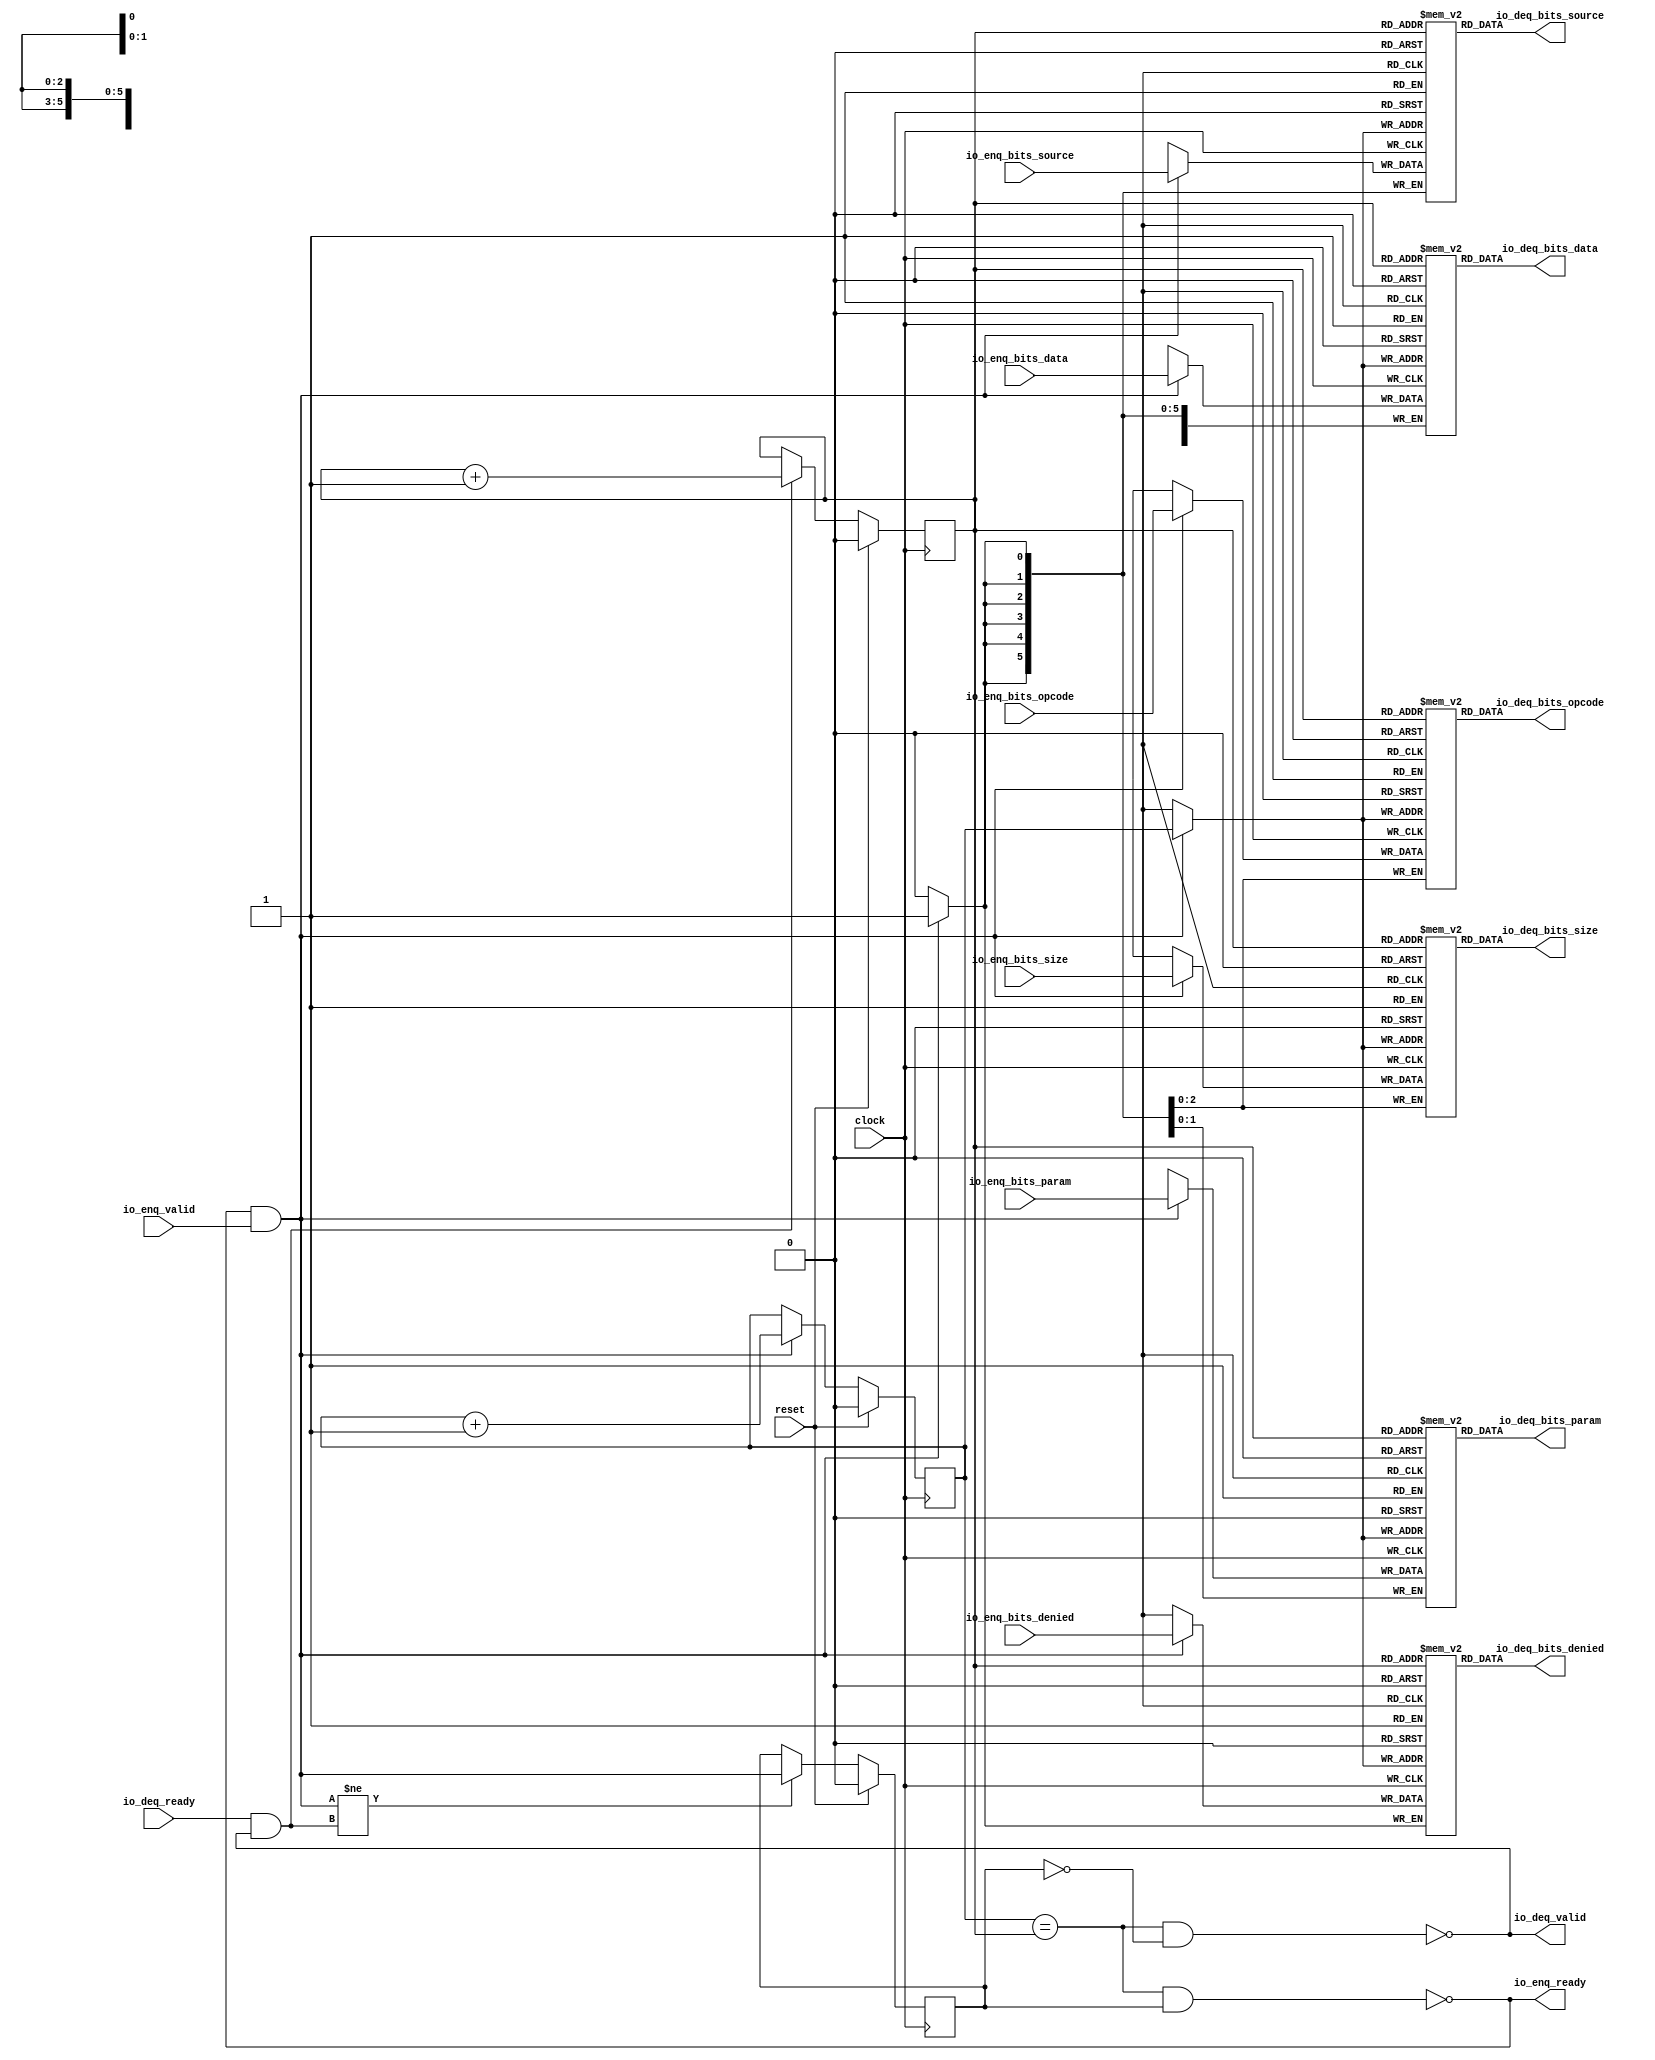
module Queue_3(
  input          clock,
  input          reset,
  output         io_enq_ready,
  input          io_enq_valid,
  input  [2:0]   io_enq_bits_opcode,
  input  [1:0]   io_enq_bits_param,
  input  [2:0]   io_enq_bits_size,
  input  [5:0]   io_enq_bits_source,
  input          io_enq_bits_denied,
  input  [255:0] io_enq_bits_data,
  input          io_deq_ready,
  output         io_deq_valid,
  output [2:0]   io_deq_bits_opcode,
  output [1:0]   io_deq_bits_param,
  output [2:0]   io_deq_bits_size,
  output [5:0]   io_deq_bits_source,
  output         io_deq_bits_denied,
  output [255:0] io_deq_bits_data
);
`ifdef RANDOMIZE_MEM_INIT
  reg [31:0] _RAND_0;
  reg [31:0] _RAND_1;
  reg [31:0] _RAND_2;
  reg [31:0] _RAND_3;
  reg [31:0] _RAND_4;
  reg [255:0] _RAND_5;
`endif // RANDOMIZE_MEM_INIT
`ifdef RANDOMIZE_REG_INIT
  reg [31:0] _RAND_6;
  reg [31:0] _RAND_7;
  reg [31:0] _RAND_8;
`endif // RANDOMIZE_REG_INIT
  reg [2:0] ram_opcode [0:1]; // @[Decoupled.scala 224:95]
  wire  ram_opcode_io_deq_bits_MPORT_en; // @[Decoupled.scala 224:95]
  wire  ram_opcode_io_deq_bits_MPORT_addr; // @[Decoupled.scala 224:95]
  wire [2:0] ram_opcode_io_deq_bits_MPORT_data; // @[Decoupled.scala 224:95]
  wire [2:0] ram_opcode_MPORT_data; // @[Decoupled.scala 224:95]
  wire  ram_opcode_MPORT_addr; // @[Decoupled.scala 224:95]
  wire  ram_opcode_MPORT_mask; // @[Decoupled.scala 224:95]
  wire  ram_opcode_MPORT_en; // @[Decoupled.scala 224:95]
  reg [1:0] ram_param [0:1]; // @[Decoupled.scala 224:95]
  wire  ram_param_io_deq_bits_MPORT_en; // @[Decoupled.scala 224:95]
  wire  ram_param_io_deq_bits_MPORT_addr; // @[Decoupled.scala 224:95]
  wire [1:0] ram_param_io_deq_bits_MPORT_data; // @[Decoupled.scala 224:95]
  wire [1:0] ram_param_MPORT_data; // @[Decoupled.scala 224:95]
  wire  ram_param_MPORT_addr; // @[Decoupled.scala 224:95]
  wire  ram_param_MPORT_mask; // @[Decoupled.scala 224:95]
  wire  ram_param_MPORT_en; // @[Decoupled.scala 224:95]
  reg [2:0] ram_size [0:1]; // @[Decoupled.scala 224:95]
  wire  ram_size_io_deq_bits_MPORT_en; // @[Decoupled.scala 224:95]
  wire  ram_size_io_deq_bits_MPORT_addr; // @[Decoupled.scala 224:95]
  wire [2:0] ram_size_io_deq_bits_MPORT_data; // @[Decoupled.scala 224:95]
  wire [2:0] ram_size_MPORT_data; // @[Decoupled.scala 224:95]
  wire  ram_size_MPORT_addr; // @[Decoupled.scala 224:95]
  wire  ram_size_MPORT_mask; // @[Decoupled.scala 224:95]
  wire  ram_size_MPORT_en; // @[Decoupled.scala 224:95]
  reg [5:0] ram_source [0:1]; // @[Decoupled.scala 224:95]
  wire  ram_source_io_deq_bits_MPORT_en; // @[Decoupled.scala 224:95]
  wire  ram_source_io_deq_bits_MPORT_addr; // @[Decoupled.scala 224:95]
  wire [5:0] ram_source_io_deq_bits_MPORT_data; // @[Decoupled.scala 224:95]
  wire [5:0] ram_source_MPORT_data; // @[Decoupled.scala 224:95]
  wire  ram_source_MPORT_addr; // @[Decoupled.scala 224:95]
  wire  ram_source_MPORT_mask; // @[Decoupled.scala 224:95]
  wire  ram_source_MPORT_en; // @[Decoupled.scala 224:95]
  reg  ram_denied [0:1]; // @[Decoupled.scala 224:95]
  wire  ram_denied_io_deq_bits_MPORT_en; // @[Decoupled.scala 224:95]
  wire  ram_denied_io_deq_bits_MPORT_addr; // @[Decoupled.scala 224:95]
  wire  ram_denied_io_deq_bits_MPORT_data; // @[Decoupled.scala 224:95]
  wire  ram_denied_MPORT_data; // @[Decoupled.scala 224:95]
  wire  ram_denied_MPORT_addr; // @[Decoupled.scala 224:95]
  wire  ram_denied_MPORT_mask; // @[Decoupled.scala 224:95]
  wire  ram_denied_MPORT_en; // @[Decoupled.scala 224:95]
  reg [255:0] ram_data [0:1]; // @[Decoupled.scala 224:95]
  wire  ram_data_io_deq_bits_MPORT_en; // @[Decoupled.scala 224:95]
  wire  ram_data_io_deq_bits_MPORT_addr; // @[Decoupled.scala 224:95]
  wire [255:0] ram_data_io_deq_bits_MPORT_data; // @[Decoupled.scala 224:95]
  wire [255:0] ram_data_MPORT_data; // @[Decoupled.scala 224:95]
  wire  ram_data_MPORT_addr; // @[Decoupled.scala 224:95]
  wire  ram_data_MPORT_mask; // @[Decoupled.scala 224:95]
  wire  ram_data_MPORT_en; // @[Decoupled.scala 224:95]
  reg  value; // @[Counter.scala 60:40]
  reg  value_1; // @[Counter.scala 60:40]
  reg  maybe_full; // @[Decoupled.scala 227:27]
  wire  ptr_match = value == value_1; // @[Decoupled.scala 228:33]
  wire  empty = ptr_match & ~maybe_full; // @[Decoupled.scala 229:25]
  wire  full = ptr_match & maybe_full; // @[Decoupled.scala 230:24]
  wire  do_enq = io_enq_ready & io_enq_valid; // @[Decoupled.scala 40:37]
  wire  do_deq = io_deq_ready & io_deq_valid; // @[Decoupled.scala 40:37]
  assign ram_opcode_io_deq_bits_MPORT_en = 1'h1;
  assign ram_opcode_io_deq_bits_MPORT_addr = value_1;
  assign ram_opcode_io_deq_bits_MPORT_data = ram_opcode[ram_opcode_io_deq_bits_MPORT_addr]; // @[Decoupled.scala 224:95]
  assign ram_opcode_MPORT_data = io_enq_bits_opcode;
  assign ram_opcode_MPORT_addr = value;
  assign ram_opcode_MPORT_mask = 1'h1;
  assign ram_opcode_MPORT_en = io_enq_ready & io_enq_valid;
  assign ram_param_io_deq_bits_MPORT_en = 1'h1;
  assign ram_param_io_deq_bits_MPORT_addr = value_1;
  assign ram_param_io_deq_bits_MPORT_data = ram_param[ram_param_io_deq_bits_MPORT_addr]; // @[Decoupled.scala 224:95]
  assign ram_param_MPORT_data = io_enq_bits_param;
  assign ram_param_MPORT_addr = value;
  assign ram_param_MPORT_mask = 1'h1;
  assign ram_param_MPORT_en = io_enq_ready & io_enq_valid;
  assign ram_size_io_deq_bits_MPORT_en = 1'h1;
  assign ram_size_io_deq_bits_MPORT_addr = value_1;
  assign ram_size_io_deq_bits_MPORT_data = ram_size[ram_size_io_deq_bits_MPORT_addr]; // @[Decoupled.scala 224:95]
  assign ram_size_MPORT_data = io_enq_bits_size;
  assign ram_size_MPORT_addr = value;
  assign ram_size_MPORT_mask = 1'h1;
  assign ram_size_MPORT_en = io_enq_ready & io_enq_valid;
  assign ram_source_io_deq_bits_MPORT_en = 1'h1;
  assign ram_source_io_deq_bits_MPORT_addr = value_1;
  assign ram_source_io_deq_bits_MPORT_data = ram_source[ram_source_io_deq_bits_MPORT_addr]; // @[Decoupled.scala 224:95]
  assign ram_source_MPORT_data = io_enq_bits_source;
  assign ram_source_MPORT_addr = value;
  assign ram_source_MPORT_mask = 1'h1;
  assign ram_source_MPORT_en = io_enq_ready & io_enq_valid;
  assign ram_denied_io_deq_bits_MPORT_en = 1'h1;
  assign ram_denied_io_deq_bits_MPORT_addr = value_1;
  assign ram_denied_io_deq_bits_MPORT_data = ram_denied[ram_denied_io_deq_bits_MPORT_addr]; // @[Decoupled.scala 224:95]
  assign ram_denied_MPORT_data = io_enq_bits_denied;
  assign ram_denied_MPORT_addr = value;
  assign ram_denied_MPORT_mask = 1'h1;
  assign ram_denied_MPORT_en = io_enq_ready & io_enq_valid;
  assign ram_data_io_deq_bits_MPORT_en = 1'h1;
  assign ram_data_io_deq_bits_MPORT_addr = value_1;
  assign ram_data_io_deq_bits_MPORT_data = ram_data[ram_data_io_deq_bits_MPORT_addr]; // @[Decoupled.scala 224:95]
  assign ram_data_MPORT_data = io_enq_bits_data;
  assign ram_data_MPORT_addr = value;
  assign ram_data_MPORT_mask = 1'h1;
  assign ram_data_MPORT_en = io_enq_ready & io_enq_valid;
  assign io_enq_ready = ~full; // @[Decoupled.scala 254:19]
  assign io_deq_valid = ~empty; // @[Decoupled.scala 253:19]
  assign io_deq_bits_opcode = ram_opcode_io_deq_bits_MPORT_data; // @[Decoupled.scala 262:17]
  assign io_deq_bits_param = ram_param_io_deq_bits_MPORT_data; // @[Decoupled.scala 262:17]
  assign io_deq_bits_size = ram_size_io_deq_bits_MPORT_data; // @[Decoupled.scala 262:17]
  assign io_deq_bits_source = ram_source_io_deq_bits_MPORT_data; // @[Decoupled.scala 262:17]
  assign io_deq_bits_denied = ram_denied_io_deq_bits_MPORT_data; // @[Decoupled.scala 262:17]
  assign io_deq_bits_data = ram_data_io_deq_bits_MPORT_data; // @[Decoupled.scala 262:17]
  always @(posedge clock) begin
    if (ram_opcode_MPORT_en & ram_opcode_MPORT_mask) begin
      ram_opcode[ram_opcode_MPORT_addr] <= ram_opcode_MPORT_data; // @[Decoupled.scala 224:95]
    end
    if (ram_param_MPORT_en & ram_param_MPORT_mask) begin
      ram_param[ram_param_MPORT_addr] <= ram_param_MPORT_data; // @[Decoupled.scala 224:95]
    end
    if (ram_size_MPORT_en & ram_size_MPORT_mask) begin
      ram_size[ram_size_MPORT_addr] <= ram_size_MPORT_data; // @[Decoupled.scala 224:95]
    end
    if (ram_source_MPORT_en & ram_source_MPORT_mask) begin
      ram_source[ram_source_MPORT_addr] <= ram_source_MPORT_data; // @[Decoupled.scala 224:95]
    end
    if (ram_denied_MPORT_en & ram_denied_MPORT_mask) begin
      ram_denied[ram_denied_MPORT_addr] <= ram_denied_MPORT_data; // @[Decoupled.scala 224:95]
    end
    if (ram_data_MPORT_en & ram_data_MPORT_mask) begin
      ram_data[ram_data_MPORT_addr] <= ram_data_MPORT_data; // @[Decoupled.scala 224:95]
    end
    if (reset) begin // @[Counter.scala 60:40]
      value <= 1'h0; // @[Counter.scala 60:40]
    end else if (do_enq) begin // @[Decoupled.scala 237:17]
      value <= value + 1'h1; // @[Counter.scala 76:15]
    end
    if (reset) begin // @[Counter.scala 60:40]
      value_1 <= 1'h0; // @[Counter.scala 60:40]
    end else if (do_deq) begin // @[Decoupled.scala 241:17]
      value_1 <= value_1 + 1'h1; // @[Counter.scala 76:15]
    end
    if (reset) begin // @[Decoupled.scala 227:27]
      maybe_full <= 1'h0; // @[Decoupled.scala 227:27]
    end else if (do_enq != do_deq) begin // @[Decoupled.scala 244:28]
      maybe_full <= do_enq; // @[Decoupled.scala 245:16]
    end
  end
// Register and memory initialization
`ifdef RANDOMIZE_GARBAGE_ASSIGN
`define RANDOMIZE
`endif
`ifdef RANDOMIZE_INVALID_ASSIGN
`define RANDOMIZE
`endif
`ifdef RANDOMIZE_REG_INIT
`define RANDOMIZE
`endif
`ifdef RANDOMIZE_MEM_INIT
`define RANDOMIZE
`endif
`ifndef RANDOM
`define RANDOM $random
`endif
`ifdef RANDOMIZE_MEM_INIT
  integer initvar;
`endif
`ifndef SYNTHESIS
`ifdef FIRRTL_BEFORE_INITIAL
`FIRRTL_BEFORE_INITIAL
`endif
initial begin
  `ifdef RANDOMIZE
    `ifdef INIT_RANDOM
      `INIT_RANDOM
    `endif
    `ifndef VERILATOR
      `ifdef RANDOMIZE_DELAY
        #`RANDOMIZE_DELAY begin end
      `else
        #0.002 begin end
      `endif
    `endif
`ifdef RANDOMIZE_MEM_INIT
  _RAND_0 = {1{`RANDOM}};
  for (initvar = 0; initvar < 2; initvar = initvar+1)
    ram_opcode[initvar] = _RAND_0[2:0];
  _RAND_1 = {1{`RANDOM}};
  for (initvar = 0; initvar < 2; initvar = initvar+1)
    ram_param[initvar] = _RAND_1[1:0];
  _RAND_2 = {1{`RANDOM}};
  for (initvar = 0; initvar < 2; initvar = initvar+1)
    ram_size[initvar] = _RAND_2[2:0];
  _RAND_3 = {1{`RANDOM}};
  for (initvar = 0; initvar < 2; initvar = initvar+1)
    ram_source[initvar] = _RAND_3[5:0];
  _RAND_4 = {1{`RANDOM}};
  for (initvar = 0; initvar < 2; initvar = initvar+1)
    ram_denied[initvar] = _RAND_4[0:0];
  _RAND_5 = {8{`RANDOM}};
  for (initvar = 0; initvar < 2; initvar = initvar+1)
    ram_data[initvar] = _RAND_5[255:0];
`endif // RANDOMIZE_MEM_INIT
`ifdef RANDOMIZE_REG_INIT
  _RAND_6 = {1{`RANDOM}};
  value = _RAND_6[0:0];
  _RAND_7 = {1{`RANDOM}};
  value_1 = _RAND_7[0:0];
  _RAND_8 = {1{`RANDOM}};
  maybe_full = _RAND_8[0:0];
`endif // RANDOMIZE_REG_INIT
  `endif // RANDOMIZE
end // initial
`ifdef FIRRTL_AFTER_INITIAL
`FIRRTL_AFTER_INITIAL
`endif
`endif // SYNTHESIS
endmodule